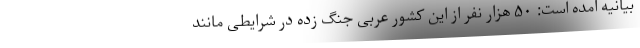
بیانیه آمده است: ۵۰ هزار نفر از این کشور عربی جنگ زده در شرایطی مانند